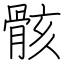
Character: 骸